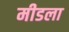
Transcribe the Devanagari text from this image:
मीडला